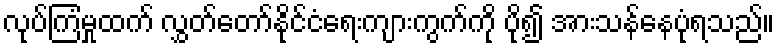
လုပ်ကြံမှုထက် လွှတ်တော်နိုင်ငံရေးကျားကွက်ကို ပို၍ အားသန်နေပုံရသည်။